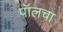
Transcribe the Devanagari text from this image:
पॉलचा